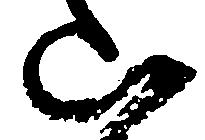
山